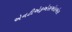
એનટીએફએસએલએસ